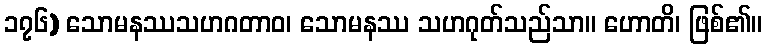
၁၇၆) သောမနဿသဟဂတာဝ၊ သောမနဿ သဟဂုတ်သည်သာ။ ဟောတိ၊ ဖြစ်၏။